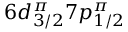
6 d _ { 3 / 2 } ^ { \pi } 7 p _ { 1 / 2 } ^ { \pi }